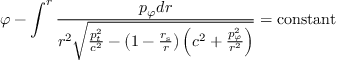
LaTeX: \varphi - \int ^ { r } { \frac { p _ { \varphi } d r } { r ^ { 2 } { \sqrt { { \frac { p _ { t } ^ { 2 } } { c ^ { 2 } } } - \left( 1 - { \frac { r _ { \mathrm { { s } } } } { r } } \right) \left( c ^ { 2 } + { \frac { p _ { \varphi } ^ { 2 } } { r ^ { 2 } } } \right) } } } } = \mathrm { c o n s t a n t }